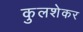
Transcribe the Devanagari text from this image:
कुलशेकर